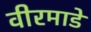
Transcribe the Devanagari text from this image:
वीरमाडे